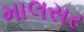
માલસર